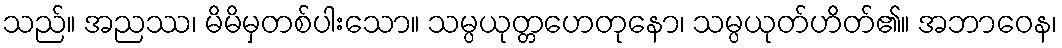
သည်။ အညဿ၊ မိမိမှတစ်ပါးသော။ သမ္ပယုတ္တဟေတုနော၊ သမ္ပယုတ်ဟိတ်၏။ အဘာဝေန၊